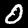
Label: 0